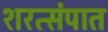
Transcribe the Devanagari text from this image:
शरत्संपात